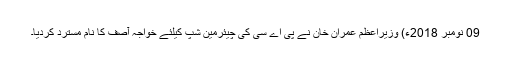
09 نومبر 2018ء) وزیراعظم عمران خان نے پی اے سی کی چیئرمین شپ کیلئے خواجہ آصف کا نام مسترد کردیا۔